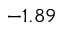
- 1 . 8 9